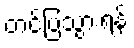
တင်ပြသွားရန်